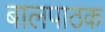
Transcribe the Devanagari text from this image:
बालपाठक